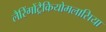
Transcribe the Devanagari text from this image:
लैरिंगोंट्रैकियोमलासिया